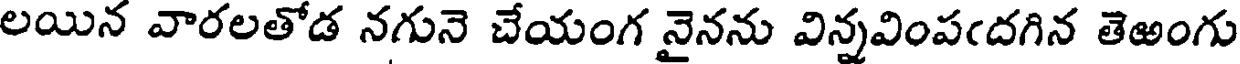
లయిన వారలతోడ నగునె చేయంగ నైనను విన్నవింపఁదగిన తెఱంగు